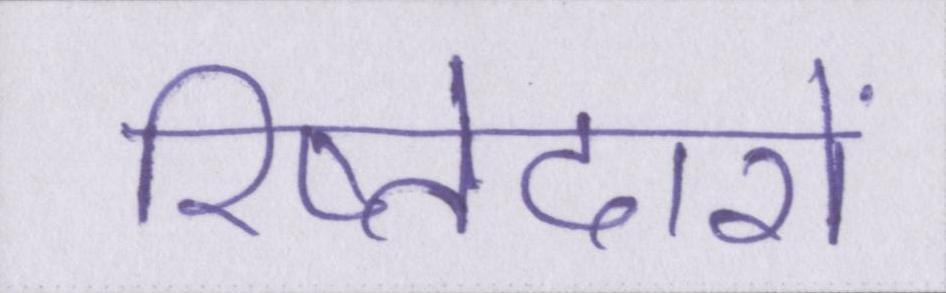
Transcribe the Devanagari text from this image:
रिष्तेदारों